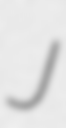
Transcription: J